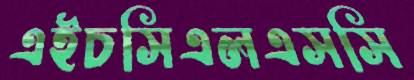
এইচসিএলএসসি